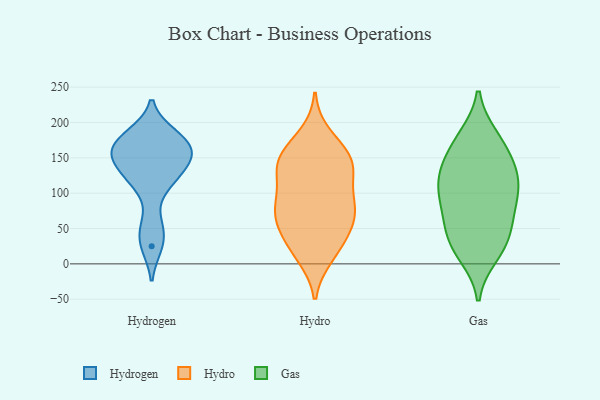
{"axis": {"x": "Page Views", "y": "Value"}, "legend": ["Gas", "Hydro", "Hydrogen"], "data": [{"x": "", "y": 25, "type": "Hydrogen"}, {"x": "", "y": 166, "type": "Hydrogen"}, {"x": "", "y": 178, "type": "Hydrogen"}, {"x": "", "y": 183, "type": "Hydrogen"}, {"x": "", "y": 53, "type": "Hydrogen"}, {"x": "", "y": 119, "type": "Hydrogen"}, {"x": "", "y": 153, "type": "Hydrogen"}, {"x": "", "y": 147, "type": "Hydrogen"}, {"x": "", "y": 152, "type": "Hydrogen"}, {"x": "", "y": 117, "type": "Hydrogen"}, {"x": "", "y": 160, "type": "Hydro"}, {"x": "", "y": 153, "type": "Hydro"}, {"x": "", "y": 54, "type": "Hydro"}, {"x": "", "y": 139, "type": "Hydro"}, {"x": "", "y": 131, "type": "Hydro"}, {"x": "", "y": 79, "type": "Hydro"}, {"x": "", "y": 80, "type": "Hydro"}, {"x": "", "y": 11, "type": "Hydro"}, {"x": "", "y": 13, "type": "Hydro"}, {"x": "", "y": 85, "type": "Hydro"}, {"x": "", "y": 35, "type": "Hydro"}, {"x": "", "y": 33, "type": "Hydro"}, {"x": "", "y": 138, "type": "Hydro"}, {"x": "", "y": 154, "type": "Hydro"}, {"x": "", "y": 81, "type": "Hydro"}, {"x": "", "y": 70, "type": "Hydro"}, {"x": "", "y": 132, "type": "Hydro"}, {"x": "", "y": 182, "type": "Hydro"}, {"x": "", "y": 60, "type": "Hydro"}, {"x": "", "y": 110, "type": "Hydro"}, {"x": "", "y": 13, "type": "Gas"}, {"x": "", "y": 163, "type": "Gas"}, {"x": "", "y": 178, "type": "Gas"}, {"x": "", "y": 37, "type": "Gas"}, {"x": "", "y": 88, "type": "Gas"}, {"x": "", "y": 59, "type": "Gas"}, {"x": "", "y": 138, "type": "Gas"}, {"x": "", "y": 116, "type": "Gas"}, {"x": "", "y": 61, "type": "Gas"}, {"x": "", "y": 32, "type": "Gas"}, {"x": "", "y": 118, "type": "Gas"}, {"x": "", "y": 141, "type": "Gas"}, {"x": "", "y": 20, "type": "Gas"}, {"x": "", "y": 86, "type": "Gas"}, {"x": "", "y": 120, "type": "Gas"}, {"x": "", "y": 99, "type": "Gas"}, {"x": "", "y": 179, "type": "Gas"}]}